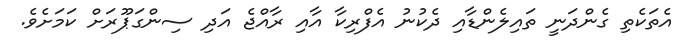
އެތަކެތި ގެންދަނީ ތައިލެންޑާއި ދެކުނު އެފްރިކާ އާއި ރާއްޖެ އަދި ސިންގަޕޫރަށް ކަމަށެވެ.